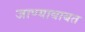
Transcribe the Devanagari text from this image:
जाण्याबाबत